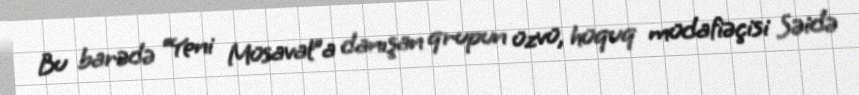
Bu barədə “Yeni Müsavat”a danışan qrupun üzvü, hüquq müdafiəçisi Səidə